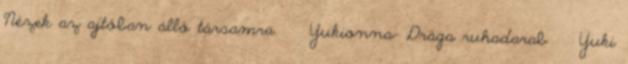
Nézek az ajtóban álló társamra. Yukionna- Drága ruhadarab Yuki